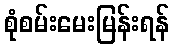
စုံစမ်းမေးမြန်းရန်